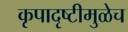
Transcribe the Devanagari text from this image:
कृपादृष्टीमुळेच